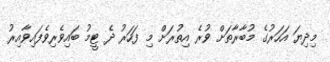
މިދިޔަ އަހަރުގެ މުބާރާތަށް ވުރެ އިތުރަށް މި ފަހަރު ދެ ޓީމު ބައިވެރިވެފައިވާއިރު